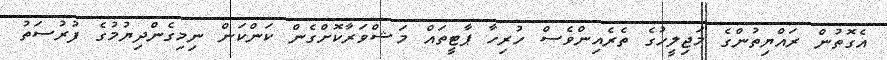
އެގޮތުން ރައްޔިތުންގެ މަޖިލީހުގެ ތެރެއިންވެސް ހުރިހާ ޕާޓީތައް މަޝްވަރާކޮށްގެން ކަންކަން ނިމިގެންދިޔުމުގެ ފުުރުސަތު